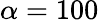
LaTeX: \alpha=100